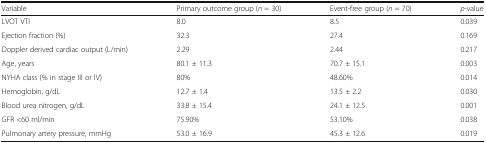
<table><thead><tr><td><b>Variable</b></td><td><b>Primary outcome group (<i>n</i> = 30)</b></td><td><b>Event-free group (<i>n</i> = 70)</b></td><td><b><i>p</i>-value</b></td></tr></thead><tbody><tr><td>LVOT VTI</td><td>8.0</td><td>8.5</td><td>0.039</td></tr><tr><td>Ejection fraction (%)</td><td>32.3</td><td>27.4</td><td>0.169</td></tr><tr><td>Doppler derived cardiac output (L/min)</td><td>2.29</td><td>2.44</td><td>0.217</td></tr><tr><td>Age, years</td><td>80.1 ± 11.3</td><td>70.7 ± 15.1</td><td>0.003</td></tr><tr><td>NYHA class (% in stage III or IV)</td><td>80%</td><td>48.60%</td><td>0.014</td></tr><tr><td>Hemoglobin, g/dL</td><td>12.7 ± 1.4</td><td>13.5 ± 2.2</td><td>0.030</td></tr><tr><td>Blood urea nitrogen, g/dL</td><td>33.8 ± 15.4</td><td>24.1 ± 12.5</td><td>0.001</td></tr><tr><td>GFR &lt;60 ml/min</td><td>75.90%</td><td>53.10%</td><td>0.038</td></tr><tr><td>Pulmonary artery pressure, mmHg</td><td>53.0 ± 16.9</td><td>45.3 ± 12.6</td><td>0.019</td></tr></tbody></table>